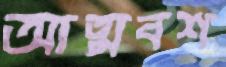
আত্মবশ